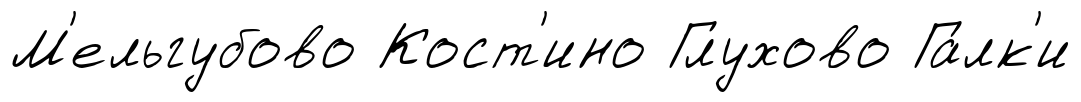
М'ельгубово Кост'ино Глухово Га́лк'и